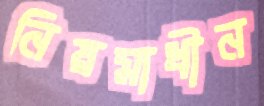
নিয়মাধীন